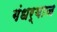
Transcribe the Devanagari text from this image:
गंधर्वाज